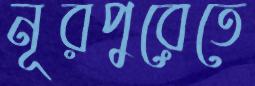
নূরপুরেতে